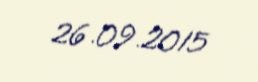
26.09.2015